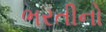
ભરતીનો